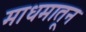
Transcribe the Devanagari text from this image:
माधमातून